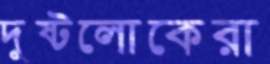
দুষ্টলোকেরা